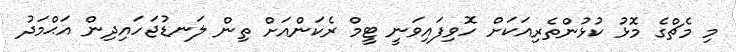
މި މެޗްގެ މޮޅު ކުޅުންތެރިއަކަށް ހޮވިފައިވަނީ ޓީމް ރެކަންއަށް ތިން ލަނޑުޖަހައިދިން އަޙްމަދު